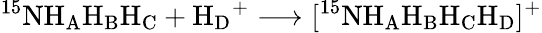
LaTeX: \mathrm{^{15}NH_{A}H_{B}H_{C}}+\mathrm{H_{D}}^{+}\longrightarrow[^{15}\mathrm{NH_{A}H_{B}H_{C}H_{D}}]^{+}